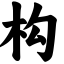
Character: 构